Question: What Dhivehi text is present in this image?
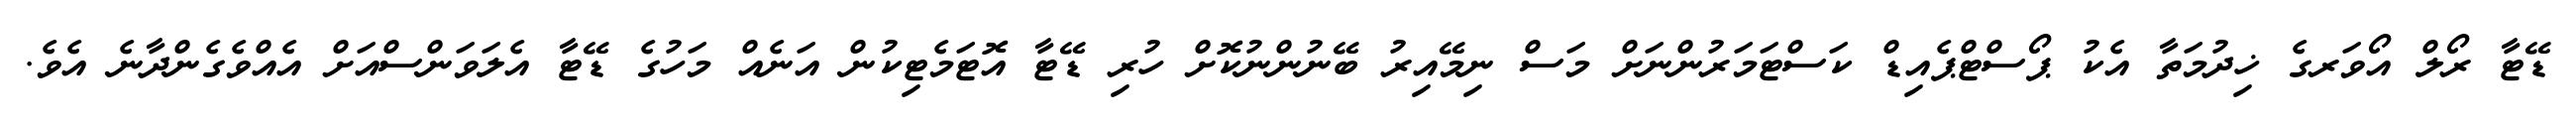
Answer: ޑޭޓާ ރޯލް އޯވަރގެ ޚިދުމަތާ އެކު ޕޯސްޓްޕެއިޑް ކަސްޓަމަރުންނަށް މަސް ނިމޭއިރު ބޭނުންނުކޮށް ހުރި ޑޭޓާ އޮޓަމެޓިކުން އަނެއް މަހުގެ ޑޭޓާ އެލަވަންސްއަށް އެއްވެގެންދާނެ އެވެ.